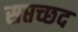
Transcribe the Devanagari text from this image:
सप्तच्छद